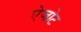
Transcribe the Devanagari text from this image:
ऐजोट